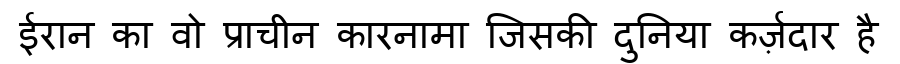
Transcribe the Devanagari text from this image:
ईरान का वो प्राचीन कारनामा जिसकी दुनिया कर्ज़दार है